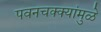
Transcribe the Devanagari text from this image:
पवनचक्क्यांमुळे